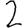
Digit: 2